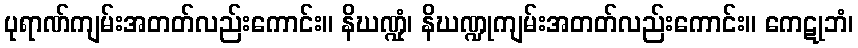
ပုရာဏ်ကျမ်းအတတ်လည်းကောင်း။ နိဃဏ္ဍုံ၊ နိဃဏ္ဍုကျမ်းအတတ်လည်းကောင်း။ ကေဋုဘံ၊